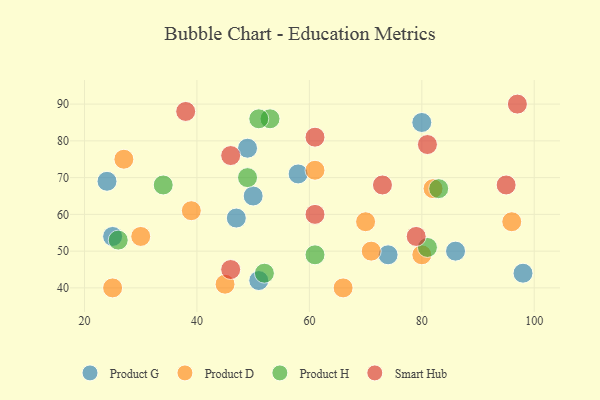
{"axis": {"x": "GDP", "y": "Life Expectancy"}, "legend": ["Product D", "Product G", "Product H", "Smart Hub"], "data": [{"x": "74", "y": 49, "type": "Product G"}, {"x": "50", "y": 65, "type": "Product G"}, {"x": "98", "y": 44, "type": "Product G"}, {"x": "47", "y": 59, "type": "Product G"}, {"x": "86", "y": 50, "type": "Product G"}, {"x": "80", "y": 85, "type": "Product G"}, {"x": "58", "y": 71, "type": "Product G"}, {"x": "25", "y": 54, "type": "Product G"}, {"x": "24", "y": 69, "type": "Product G"}, {"x": "49", "y": 78, "type": "Product G"}, {"x": "51", "y": 42, "type": "Product G"}, {"x": "45", "y": 41, "type": "Product D"}, {"x": "71", "y": 50, "type": "Product D"}, {"x": "25", "y": 40, "type": "Product D"}, {"x": "61", "y": 72, "type": "Product D"}, {"x": "27", "y": 75, "type": "Product D"}, {"x": "70", "y": 58, "type": "Product D"}, {"x": "39", "y": 61, "type": "Product D"}, {"x": "30", "y": 54, "type": "Product D"}, {"x": "82", "y": 67, "type": "Product D"}, {"x": "80", "y": 49, "type": "Product D"}, {"x": "96", "y": 58, "type": "Product D"}, {"x": "66", "y": 40, "type": "Product D"}, {"x": "81", "y": 51, "type": "Product H"}, {"x": "53", "y": 86, "type": "Product H"}, {"x": "61", "y": 49, "type": "Product H"}, {"x": "51", "y": 86, "type": "Product H"}, {"x": "83", "y": 67, "type": "Product H"}, {"x": "52", "y": 44, "type": "Product H"}, {"x": "26", "y": 53, "type": "Product H"}, {"x": "49", "y": 70, "type": "Product H"}, {"x": "34", "y": 68, "type": "Product H"}, {"x": "61", "y": 81, "type": "Smart Hub"}, {"x": "46", "y": 45, "type": "Smart Hub"}, {"x": "79", "y": 54, "type": "Smart Hub"}, {"x": "61", "y": 60, "type": "Smart Hub"}, {"x": "97", "y": 90, "type": "Smart Hub"}, {"x": "81", "y": 79, "type": "Smart Hub"}, {"x": "73", "y": 68, "type": "Smart Hub"}, {"x": "38", "y": 88, "type": "Smart Hub"}, {"x": "95", "y": 68, "type": "Smart Hub"}, {"x": "46", "y": 76, "type": "Smart Hub"}]}